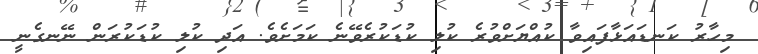
މިހާރު ކަނޑައަޅާފައިވާ ކުއްޔަށްވުރެ ކުލި ކުޑަކުރެވޭނެ ކަމަށެވެ. އަދި ކުލި ކުޑަކުރަން ނޭނގެނީ